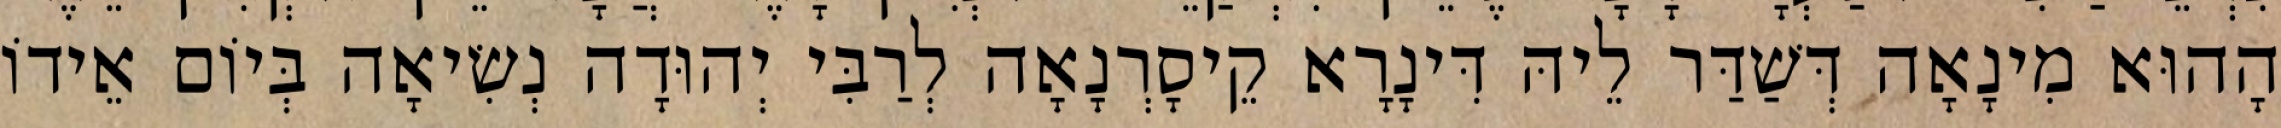
הָהוּא מִינָאָה דְּשַׁדַּר לֵיהּ דִּינָרָא קֵיסָרְנָאָה לְרַבִּי יְהוּדָה נְשִׂיאָה בְּיוֹם אֵידוֹ